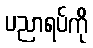
ပညာရပ်ကို